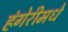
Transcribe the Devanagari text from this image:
हंगेरीमधे